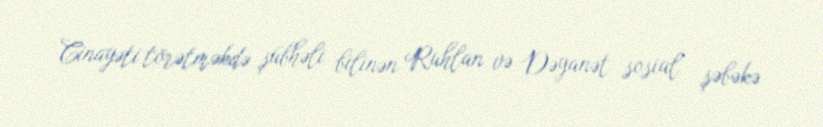
Cinayəti törətməkdə şübhəli bilinən Ruhlan və Dəyanət sosial şəbəkə